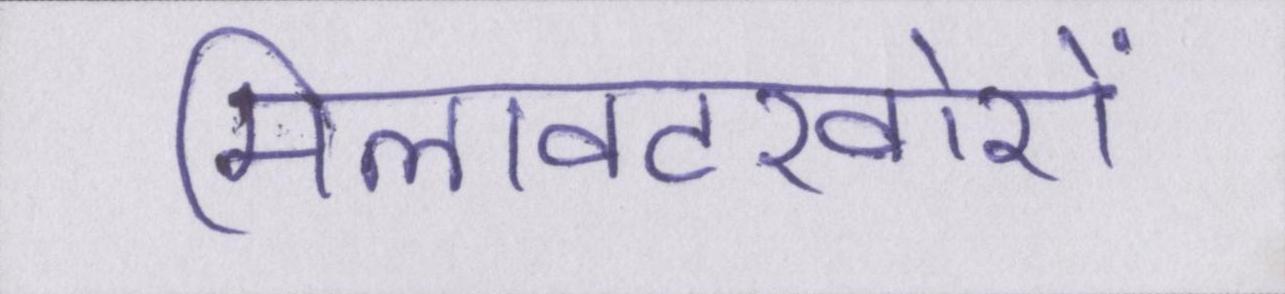
मिलावटखोरों